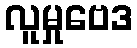
လူမှုဗေဒ